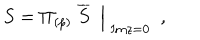
\left. S = \Pi _ { ( p ) } \; \overline { { S } } \ \ \right| _ { \; \mathrm { I m } z = 0 } \ \ ,